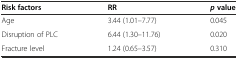
<table><thead><tr><td><b>Risk factors</b></td><td><b>RR</b></td><td><b><i>p</i>value</b></td></tr></thead><tbody><tr><td>Age</td><td>3.44 (1.01–7.77)</td><td>0.045</td></tr><tr><td>Disruption of PLC</td><td>6.44 (1.30–11.76)</td><td>0.020</td></tr><tr><td>Fracture level</td><td>1.24 (0.65–3.57)</td><td>0.310</td></tr></tbody></table>